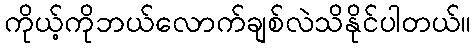
ကိုယ့်ကိုဘယ်လောက်ချစ်လဲသိနိုင်ပါတယ်။